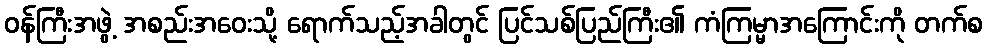
ဝန်ကြီးအဖွဲ့ အစည်းအဝေးသို့ ရောက်သည့်အခါတွင် ပြင်သစ်ပြည်ကြီး၏ ကံကြမ္မာအကြောင်းကို တက်စ